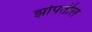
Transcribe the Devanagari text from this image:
झोपतील